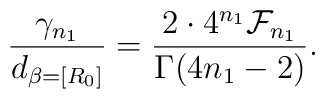
\frac{\gamma_{n_1}}{d_{\beta=[R_0]}}=\frac{2\cdot 4^{n_1}{\cal F}_{n_1}}{\Gamma(4n_1-2)}.